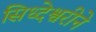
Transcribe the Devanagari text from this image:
सिध्देश्वरीने